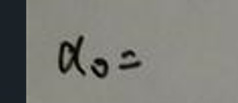
\(\alpha_0 =\)